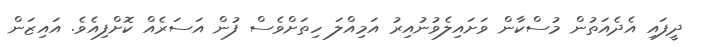
ދީފައި އެދެއަތުން މުސްކާން ވަށައިލެވުނުއިރު އަމިއްލަ ހިތަށްވެސް ފުން އަސަރެއް ކޮށްފިއެވެ. އައިޒަން